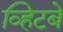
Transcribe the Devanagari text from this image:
व्हिटबे